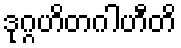
ဒုဂ္ဂဟိတဂါဟီတိ